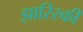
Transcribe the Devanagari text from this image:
झारिस्की